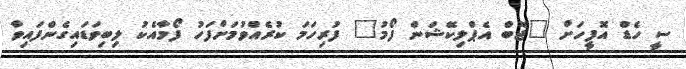
ސީ ހެޑް އޮފީހަށް "ޖޮބް އެޕްލިކޭޝަން ފޯމު" ފުރިހަމަ ކުރެއްވުމަށްފަހު ފޯމާއެކު ލިބިވަޑައިގެންފައިވާ